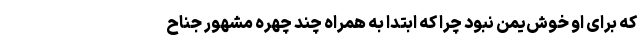
که برای او خوش‌یمن نبود چرا که ابتدا به همراه چند چهره مشهور جناح